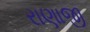
રાણાજી